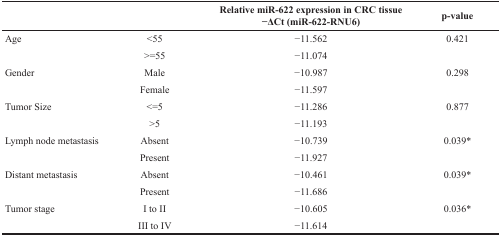
<table><thead><tr><td></td><td></td><td><b>Relative miR-622 expression in CRC tissue−ΔCt (miR-622-RNU6)</b></td><td><b>p-value</b></td></tr></thead><tbody><tr><td>Age</td><td>&lt;55</td><td>−11.562</td><td>0.421</td></tr><tr><td></td><td>&gt;=55</td><td>−11.074</td><td></td></tr><tr><td>Gender</td><td>Male</td><td>−10.987</td><td>0.298</td></tr><tr><td></td><td>Female</td><td>−11.597</td><td></td></tr><tr><td>Tumor Size</td><td>&lt;=5</td><td>−11.286</td><td>0.877</td></tr><tr><td></td><td>&gt;5</td><td>−11.193</td><td></td></tr><tr><td>Lymph node metastasis</td><td>Absent</td><td>−10.739</td><td>0.039*</td></tr><tr><td></td><td>Present</td><td>−11.927</td><td></td></tr><tr><td>Distant metastasis</td><td>Absent</td><td>−10.461</td><td>0.039*</td></tr><tr><td></td><td>Present</td><td>−11.686</td><td></td></tr><tr><td>Tumor stage</td><td>I to II</td><td>−10.605</td><td>0.036*</td></tr><tr><td></td><td>III to IV</td><td>−11.614</td><td></td></tr></tbody></table>